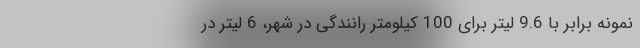
نمونه برابر با 9.6 لیتر برای 100 کیلومتر رانندگی در شهر، 6 لیتر در